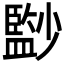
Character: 𡮻